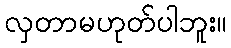
လှတာမဟုတ်ပါဘူး။